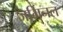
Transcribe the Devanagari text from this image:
जर्मिनल